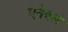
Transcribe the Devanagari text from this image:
एनेबल